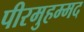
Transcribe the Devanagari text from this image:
पीरमुहम्मद